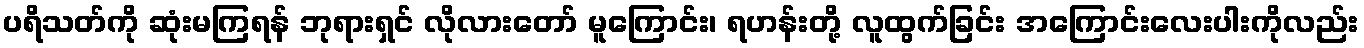
ပရိသတ်ကို ဆုံးမကြရန် ဘုရားရှင် လိုလားတော် မူကြောင်း၊ ရဟန်းတို့ လူထွက်ခြင်း အကြောင်းလေးပါးကိုလည်း